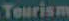
Tourism